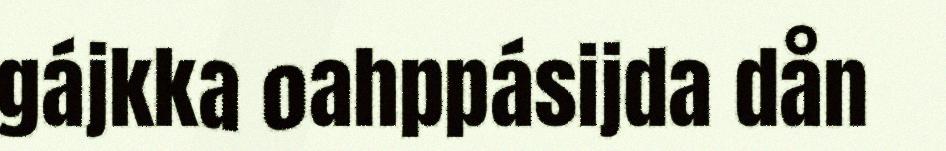
gájkka oahppásijda dån